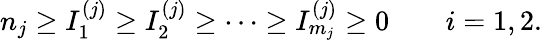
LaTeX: n_{j}\ge I_{1}^{(j)}\ge I_{2}^{(j)}\ge\dots\ge I_{m_{j}}^{(j)}\ge 0\qquad i=1,2.